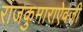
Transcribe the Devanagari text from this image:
राजकुमाराऐवजी